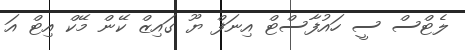
ލެޓްސް ސީ ހައުފާސްޓް އިނަފް ޔޫ ގައިޒް ކޭން މޭކް އިޓް އަ